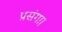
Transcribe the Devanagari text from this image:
प्रसंगा।